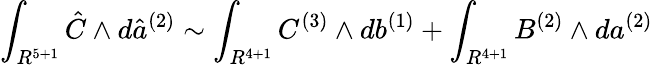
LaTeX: \int_{R^{5+1}}{\hat{C}}\wedge d{\hat{a}}^{(2)}\sim\int_{R^{4+1}}C^{(3)}\wedge db^{(1)}+\int_{R^{4+1}}B^{(2)}\wedge da^{(2)}